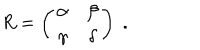
LaTeX: R = \left( \begin{array} { c c } { { \alpha } } & { { \beta } } \\ { { \gamma } } & { { \delta } } \\ \end{array} \right) \; .